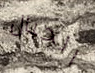
الحبال